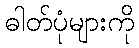
ဓါတ်ပုံများကို